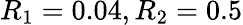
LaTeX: R_{1}=0.04,R_{2}=0.5